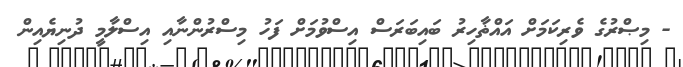
- މިޞްރުގެ ވެރިކަމަށް އައްޡާހިރު ބައިބަރަސް އިސްވުމަށް ފަހު މިސްރުންނާއި އިސްލާމީ ދުނިޔެއިން